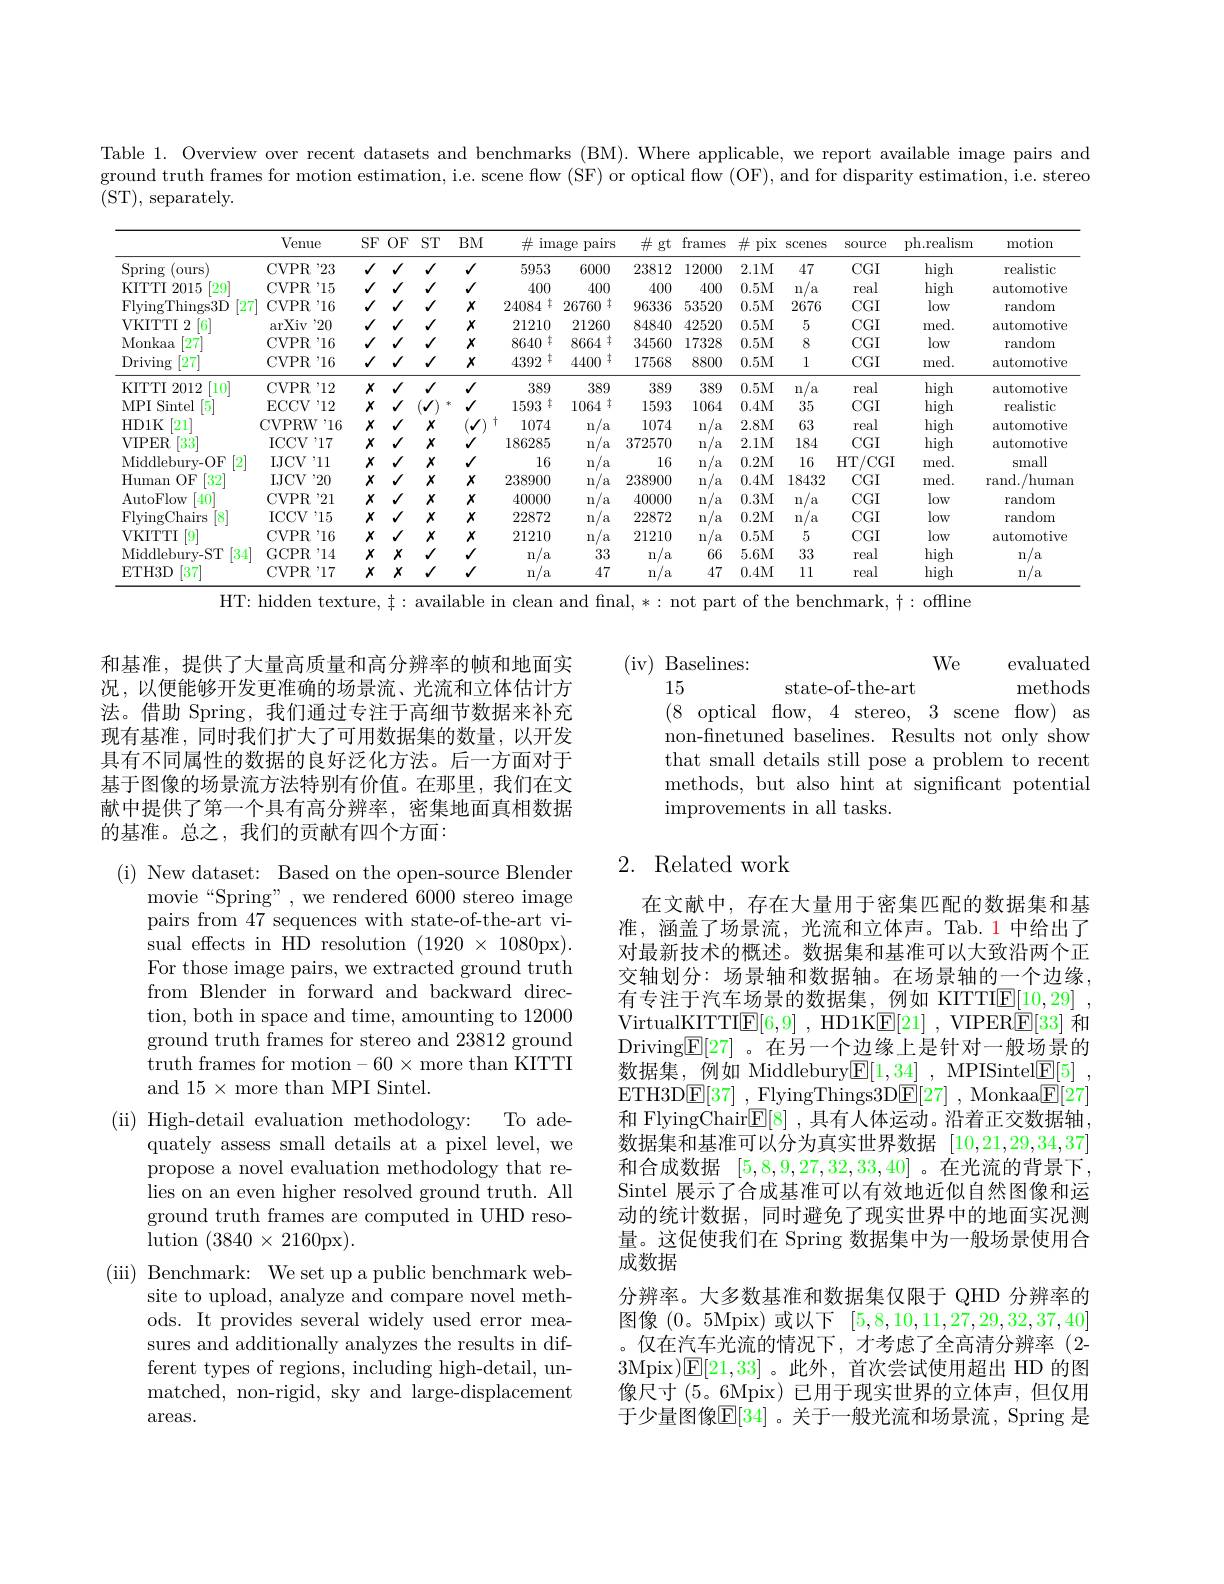
Table 1. Overview over recent datasets and benchmarks (BM). Where applicable, we report available image pairs and ground truth frames for motion estimation, i.e. scene flow (SF) or optical flow (OF), and for disparity estimation, i.e. stereo (ST),separately.

<table>
	<tbody>
		<tr>
			<th> </th>
			<th>Venue</th>
			<th>$SF$</th>
			<th>$OF$</th>
			<th>$ST$</th>
			<th>BM</th>
			<th>pairs $\operatorname{lage}$</th>
			<th>frames</th>
			<th>井 pix</th>
			<th>Scenes</th>
			<th>SOurce</th>
			<th>ph.realism</th>
			<th>motion</th>
		</tr>
		<tr>
			<td>Spring (ours</td>
			<td>$\mathrm{CVPR}^{,}23$</td>
			<td>1</td>
			<td>1</td>
			<td>$√$</td>
			<td>$√$</td>
			<td>6000</td>
			<td>12000</td>
			<td>2.1M</td>
			<td>47</td>
			<td>$CGI$</td>
			<td>high</td>
			<td>realistic</td>
		</tr>
		<tr>
			<td>KITTTI 2015 $\lceil29\rceil$</td>
			<td>$\mathrm{CVPR}^{'15}$</td>
			<td>1</td>
			<td>1</td>
			<td>$√$</td>
			<td>$√$</td>
			<td>400</td>
			<td>400</td>
			<td>0.5M</td>
			<td>$a$ n</td>
			<td>real</td>
			<td>high</td>
			<td>automotive</td>
		</tr>
		<tr>
			<td>FlyingThings3D</td>
			<td>[27</td>
			<td>$\mathrm{CVPR}^{,}16$</td>
			<td>1</td>
			<td>$√$</td>
			<td>$x$</td>
			<td>丰 26760</td>
			<td>53520</td>
			<td>0.5M</td>
			<td>2676</td>
			<td>$CGI$</td>
			<td>low</td>
			<td>random</td>
		</tr>
		<tr>
			<td>VKITTI 2 6</td>
			<td>$\operatorname{arXiv}$ 20</td>
			<td>1</td>
			<td>1</td>
			<td>$√$</td>
			<td>$x$</td>
			<td>21260</td>
			<td>42520</td>
			<td>0.5M</td>
			<td>5</td>
			<td>$CGI$</td>
			<td>med.</td>
			<td>automotive</td>
		</tr>
		<tr>
			<td>Monkaa $\lceil27\rceil$</td>
			<td>CVPR'16</td>
			<td>1</td>
			<td>1</td>
			<td>$√$</td>
			<td>$x$</td>
			<td>$\ddagger$ 8664</td>
			<td>17328</td>
			<td>0.5M</td>
			<td>8</td>
			<td>$CGI$</td>
			<td>low</td>
			<td>random</td>
		</tr>
		<tr>
			<td>Driving [27]</td>
			<td>CVPR$ ^{\prime }$16</td>
			<td>1</td>
			<td>1</td>
			<td>$√$</td>
			<td>$x$</td>
			<td>$\pm$ 4400</td>
			<td>8800</td>
			<td>0.5M</td>
			<td>1</td>
			<td>$CGI$</td>
			<td>med.</td>
			<td>automotive</td>
		</tr>
		<tr>
			<td>KITTI $\left[10\right]$ 2012</td>
			<td>$\mathrm{CVPR}^{'12}$</td>
			<td>$x$</td>
			<td>1</td>
			<td>$√$</td>
			<td>$√$</td>
			<td>389</td>
			<td>389</td>
			<td>0.5M</td>
			<td>a n</td>
			<td>real</td>
			<td>high</td>
			<td>automotive</td>
		</tr>
		<tr>
			<td>MPI Sintel 5</td>
			<td>$\operatorname{ECCV}^{,}12$</td>
			<td>$x$</td>
			<td>1</td>
			<td>1 本 11 1 1 -</td>
			<td>$√$</td>
			<td>. 丰 1064</td>
			<td>1064</td>
			<td>0.4M</td>
			<td>35</td>
			<td>$CGI$</td>
			<td>high</td>
			<td>realistic</td>
		</tr>
		<tr>
			<td>HD1K $[21^{\prime}]$</td>
			<td>CVPRW</td>
			<td>$'16$</td>
			<td>$x$</td>
			<td>$x$</td>
			<td>$√$ $f$</td>
			<td>n $a$</td>
			<td>n $a$</td>
			<td>2.8M</td>
			<td>63</td>
			<td>real</td>
			<td>high</td>
			<td>automotive</td>
		</tr>
		<tr>
			<td>VIPER 33</td>
			<td>$\mathrm{ICCV}^{*}17$</td>
			<td>$x$</td>
			<td>1</td>
			<td>$x$</td>
			<td>$V$</td>
			<td>n a</td>
			<td>n</td>
			<td>$a$</td>
			<td>2.1M</td>
			<td>184</td>
			<td>$CGI$</td>
			<td>high</td>
		</tr>
		<tr>
			<td>automotive</td>
			<td>Middlebury- OF</td>
			<td>$\mathrm{IJCV}^{\prime}$11</td>
			<td>$x$</td>
			<td>$x$</td>
			<td>$√$</td>
			<td>n $a$</td>
			<td>n $a$</td>
			<td>0.2M</td>
			<td>16</td>
			<td>$HT$ /CGI</td>
			<td>med.</td>
			<td>small</td>
		</tr>
		<tr>
			<td>Human $OF$ 32</td>
			<td>IJCV , 20</td>
			<td>$x$</td>
			<td>1</td>
			<td>$x$</td>
			<td>$x$</td>
			<td>n a</td>
			<td>n $a$</td>
			<td>0.4M</td>
			<td>18432</td>
			<td>$CGI$</td>
			<td>med.</td>
			<td>/human rand.</td>
		</tr>
		<tr>
			<td>AutoFlow</td>
			<td>40</td>
			<td>$\mathrm{CVPR}^{'21}$</td>
			<td>$x$</td>
			<td>$x$</td>
			<td>$x$</td>
			<td>n $a$</td>
			<td>n $a$</td>
			<td>0.3M</td>
			<td>n a</td>
			<td>$CGI$</td>
			<td>low</td>
			<td>random</td>
		</tr>
		<tr>
			<td>FlyingChairs 8</td>
			<td>$\mathrm{ICCV}^{\prime}15$</td>
			<td>$x$</td>
			<td>1</td>
			<td>$x$</td>
			<td>$x$</td>
			<td>n $a$</td>
			<td>n $a$</td>
			<td>0.2M</td>
			<td>n $a$</td>
			<td>$CGI$</td>
			<td>low</td>
			<td>random</td>
		</tr>
		<tr>
			<td>VKITTI</td>
			<td>$\dot{9}$</td>
			<td>CVPR$ ^{\prime }$16</td>
			<td>$x$</td>
			<td>$x$</td>
			<td>$x$</td>
			<td>n 'a</td>
			<td>n $a$</td>
			<td>0.5M</td>
			<td>5</td>
			<td>$CGI$</td>
			<td>low</td>
			<td>automotive</td>
		</tr>
		<tr>
			<td>Middlebury- ST $\begin{bmatrix}34\\1\end{bmatrix}$</td>
			<td>GCPR'14</td>
			<td>$x$</td>
			<td>$x$</td>
			<td>$√$</td>
			<td>$√$</td>
			<td>33</td>
			<td>66</td>
			<td>5.6M</td>
			<td>33</td>
			<td>real</td>
			<td>high</td>
			<td>n $^{\prime}a$</td>
		</tr>
		<tr>
			<td>$\begin{bmatrix}37\\37\end{bmatrix}$ ETH3D</td>
			<td>CVPR$ ^{\prime }$17</td>
			<td>$x$</td>
			<td>$x$</td>
			<td>$\sqrt{1}$</td>
			<td>$√$</td>
			<td>47</td>
			<td>47</td>
			<td>0.4M</td>
			<td>11</td>
			<td>real</td>
			<td>high</td>
			<td>/a n</td>
		</tr>
	</tbody>
</table>
HT: hidden texture, $\ddagger:$ available in clean and final, *: not part of the benchmark, $\dagger:$ offline

和基准，提供了大量高质量和高分辨率的帧和地面实况，以便能够开发更准确的场景流、光流和立体估计方法。借助 Spring, 我们通过专注于高细节数据来补充现有基准，同时我们扩大了可用数据集的数量，以开发具有不同属性的数据的良好泛化方法。后一方面对于基于图像的场景流方法特别有价值。在那里，我们在文献中提供了第一个具有高分辨率，密集地面真相数据的基准。总之，我们的贡献有四个方面：

(i) New dataset: Based on the open-source Blender
movie“Spring”, we rendered 6000 stereo image pairs from 47 sequences with state-of-the-art visual effects in HD resolution $(1920\times1080$px). For those image pairs, we extracted ground truth from Blender in forward and backward direction, both in space and time, amounting to 12000 ground truth frames for stereo and 23812 ground truth frames for motion-60× more than KITTI and $15\times$more than MPI Sintel.
To ade-
(ii) High-detail evaluation methodology:
quately assess small details at a pixel level, we propose a novel evaluation methodology that relies on an even higher resolved ground truth. All ground truth frames are computed in UHD reso- ${\text{lution }(3840\times2160\mathrm{px}).}$
(iii) Benchmark: We set up a public benchmark web-
site to upload, analyze and compare novel methods. It provides several widely used error measures and additionally analyzes the results in different types of regions, including high-detail, unmatched, non-rigid, sky and large-displacement areas.

$We$
(iv) Baselines:
evaluated
15
state-of-the-art
methods
(8optical flow, 4stereo, 3 scene flow) as non-finetuned baselines. Results not only show that small details still pose a problem to recent methods, but also hint at significant potential improvements in all tasks.

## 2. Related work

在文献中，存在大量用于密集匹配的数据集和基准，涵盖了场景流，光流和立体声。Tab.1中给出了对最新技术的概述。数据集和基准可以大致沿两个正交轴划分：场景轴和数据轴。在场景轴的一个边缘， 有专注于汽车场景的数据集，例如 KITTI$\underline {\mathrm{E} }[ 10, 29]$ , VirtualKITTI$\underline {\mathrm{E} }[ 6, 9]$ ,HD1K$\underline {\mathrm{E} }[ 21]$ ,VIPER$\underline{\mathrm{E}}[33]$和Driving$\underline{\mathbb{E}}[27]$ 。在另一个边缘上是针对一般场景的数据集，例如 Middlebury$\boxed{\mathrm{E} }[ 1, 34]$ , MPISintel$\boxed{\mathrm{F}}[5]$ ETH3DE[ 37] , FlyingThings3D$\underline {\mathrm{E[ 27] ~, ~Monkaa}}\underline {\mathrm{E[ 27] }}$ 和 FlyingChair$\mathbb{E}[8]$ ,具有人体运动。沿着正交数据轴， 数据集和基准可以分为真实世界数据[10,21,29,34,37] 和合成数据[5,8,9,27,32,33,40] 。在光流的背景下， Sintel 展示了合成基准可以有效地近似自然图像和运动的统计数据，同时避免了现实世界中的地面实况测量。这促使我们在 Spring 数据集中为一般场景使用合成数据
分辨率。大多数基准和数据集仅限于 QHD 分辨率的图像(0。5Mpix)或以下[5,8,10,11,27,29,32,37,40] 。仅在汽车光流的情况下，才考虑了全高清分辨率(2- 3Mpix)E[21,33]。此外，首次尝试使用超出 HD 的图像尺寸(5。6Mpix)已用于现实世界的立体声，但仅用于少量图像$\mathbb{E}[34]$ 。关于一般光流和场景流，Spring 是